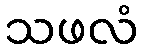
သဖလံ